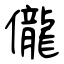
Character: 儱